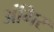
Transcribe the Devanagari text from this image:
अंगिर